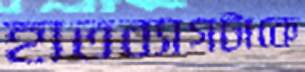
হাতব্যাগটাকে